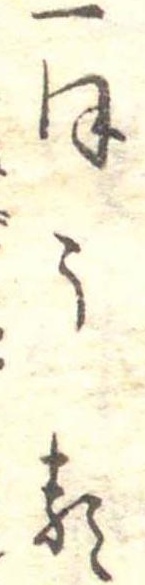
一ほうる